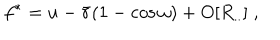
f ^ { * } = u - { \bar { r } } ( 1 - \cos \omega ) + O [ R _ { . . } ] \; ,